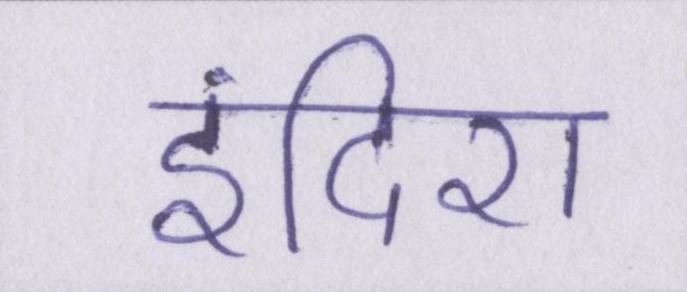
इंदिरा